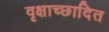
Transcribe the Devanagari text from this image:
वृक्षाच्छादित